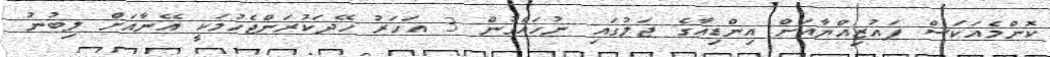
ކޮންމެއަކަސް ފައުޒިއްޔާއަށް އިންޑިއާގެ ޖަލުގައި ނުހައްގުން 3 އަހަރު ހޭދަކުރަންޖެހުމަކީ އޭނާއަށް ލިބުނު